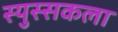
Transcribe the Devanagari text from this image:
स्युस्सकला